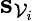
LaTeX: \mathbf{s}_{\mathcal{V}_{i}}